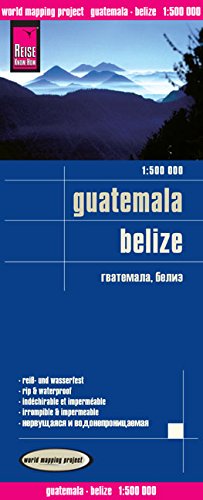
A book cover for Guatemala, Belize = Gvatemala, Beliz; Reise Know-How Verlag; Travel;